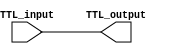
module TTL_Buffer(
    input wire TTL_input,
    output reg TTL_output
);

assign TTL_output = TTL_input;

endmodule